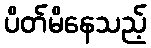
ပိတ်မိနေသည့်